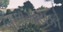
બાળગાયકો